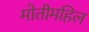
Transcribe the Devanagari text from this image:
मोतीमहिल